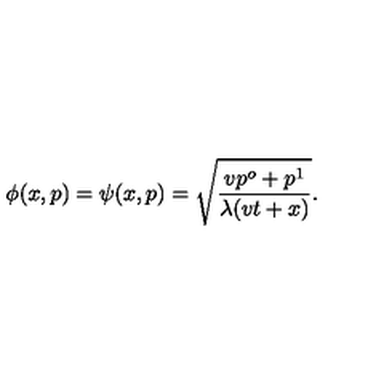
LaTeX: \phi ( x , p ) = \psi ( x , p ) = \sqrt { \frac { v p ^ { o } + p ^ { 1 } } { \lambda ( v t + x ) } } .